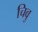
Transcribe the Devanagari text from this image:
चिवु